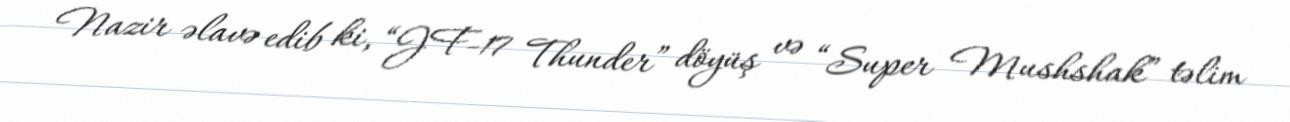
Nazir əlavə edib ki, “JF-17 Thunder” döyüş və “Super Mushshak” təlim